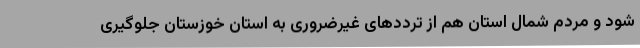
شود و مردم شمال استان هم از ترددهای غیرضروری به استان خوزستان جلوگیری